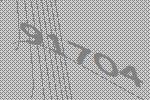
91704